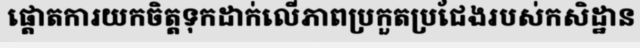
ផ្តោតការយកចិត្តទុកដាក់លើភាពប្រកួតប្រជែងរបស់កសិដ្ឋាន